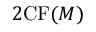
2 \mathrm { C F } ( M )